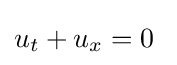
u_{t}+u_{x}=0\